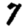
Digit: 7